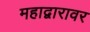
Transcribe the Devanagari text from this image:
महाद्वारावर